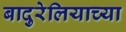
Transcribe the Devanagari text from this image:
बादुरेलियाच्या